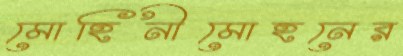
মোহিনীমোহনের